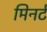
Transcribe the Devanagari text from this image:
मिनर्ट